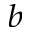
^ { b }